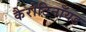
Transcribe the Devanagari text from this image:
कैरोटिनॉयड